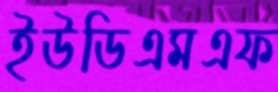
ইউডিএমএফ